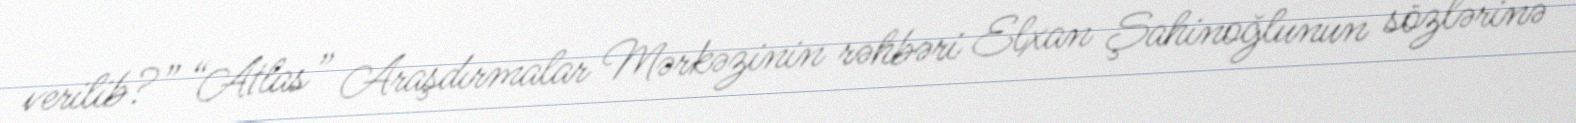
verilib?” “Atlas” Araşdırmalar Mərkəzinin rəhbəri Elxan Şahinoğlunun sözlərinə